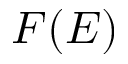
F ( E )